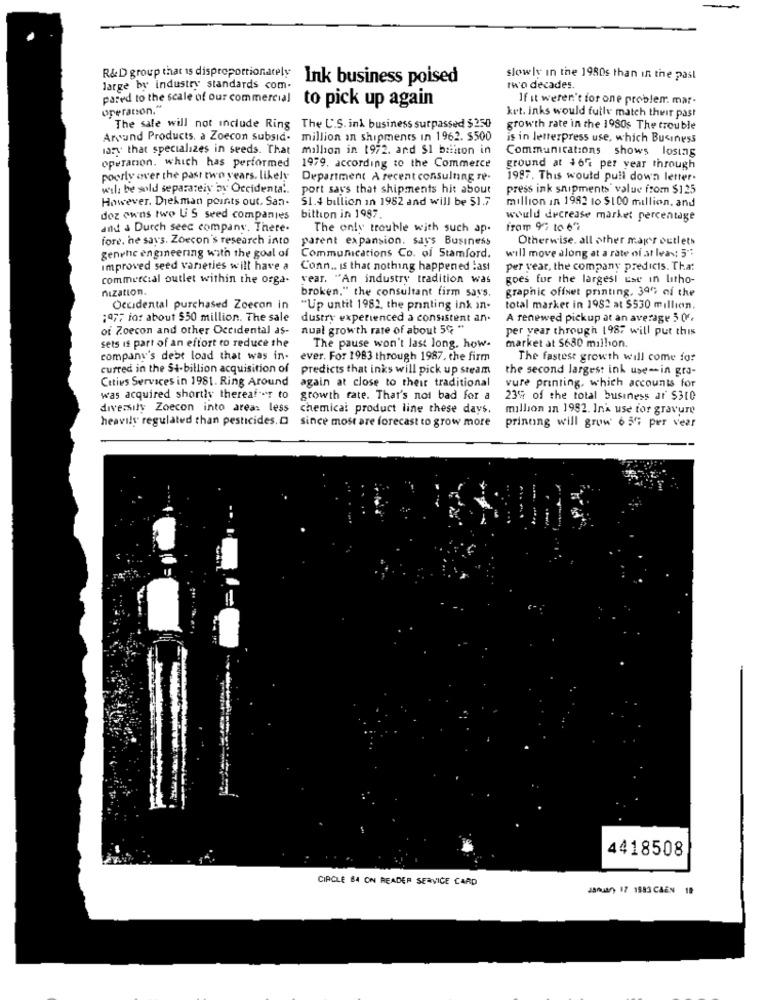
R&D group that is disproportionately
Ink business poised
slowly in the 1980s than in the past
large by industry standards com.
two decades.
pared to the scale of our commercial
If it weren't for one problem. mar.
operation."
to pick up again
ket. inks would fully match their past
The sale will not_include Ring The U.S. ink business surpassed $250
growth rate in the 1980s The trouble
Around Products, a Zoecon subsid.
million an shipments in 1962. $500
is in letterpress use, which Business
lary that specializes in seeds. That
million in 1972. and $1 bailton in
Communications shows losing
operation, which has performed
1979. according to the Commerce
ground at $67 per year through
poesly over the past two years. likely
Department A recent consulting re-
1987. This would pull down letter.
will be sold separately by Occidental. port says that shipments his about
press ink shipments value from $125
However. Diekman points out, San-
$1.4 billion in 1952 and will be $1.7
million in 1992 to $100 million, and
doz owns two U'S seed companies
bittion in 1997.
would decrease market percentage
and & Durch seec company. There.
The only trouble with such ap.
fram 9 10 67
fore. he says. Zoecon's research into
parent expansion. says Business
Otherwise. all other mag's outlets
genehe engineering with the goal of
Communications Co. of Stamford.
will move along at a rate of at least 5:
improved seed varieties will have a
Conn .. Is that nothing happened :ast
per year, the company predicts. That
commercial outlet within the orga-
year. "An industry tradition was
goes for the largest use in litho-
nization.
graphic offset printing, 39% of the
broken," the consultant firm says,
Occidental purchased Zoecon in
"Up until 1982, the printing ink in-
total market in 1982 at $530 million.
1977 for about $50 million. The sale
dustry experienced a consistent an.
A renewed pickup at an average 5 (f.
of Zoecon and other Occidental as- nual growth rate of about 5G **
per year through 1987 will put this
sets is part of an effort to reduce the
The pause won't last long. how-
market at $680 million.
company's debt load that was in-
ever. For 1983 through 1987, the firm
The fastest growth will come do?
curred in the St-billion acquisition of
predicts that inks will pick up steam
the second largest ink use-in gra-
Cities Services in 1981. Ring Around
vure printing, which accounts for
again at close to their traditional
was acquired shortly thereafter to
growth rate. That's not bad for a
23% of the total business ar $310
diversity Zoecon into area: less
chemical product line these days.
million in 1982. Ink use tor gravure
printing will grow 6 56; per year
heavily regulated than pesticides. D since most are forecast to grow more
4418508
CIRCLE 84 ON READER SERVICE CARD
January 17 1993 CAEN 19